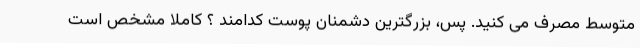
متوسط مصرف می کنید. پس، بزرگترین دشمنان پوست کدامند ؟ کاملا مشخص است